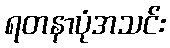
ရတနာပုံအသင်း